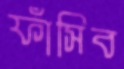
ফাঁসিব